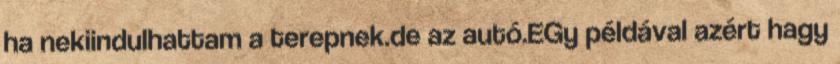
ha nekiindulhattam a terepnek.de az autó.EGy példával azért hagy